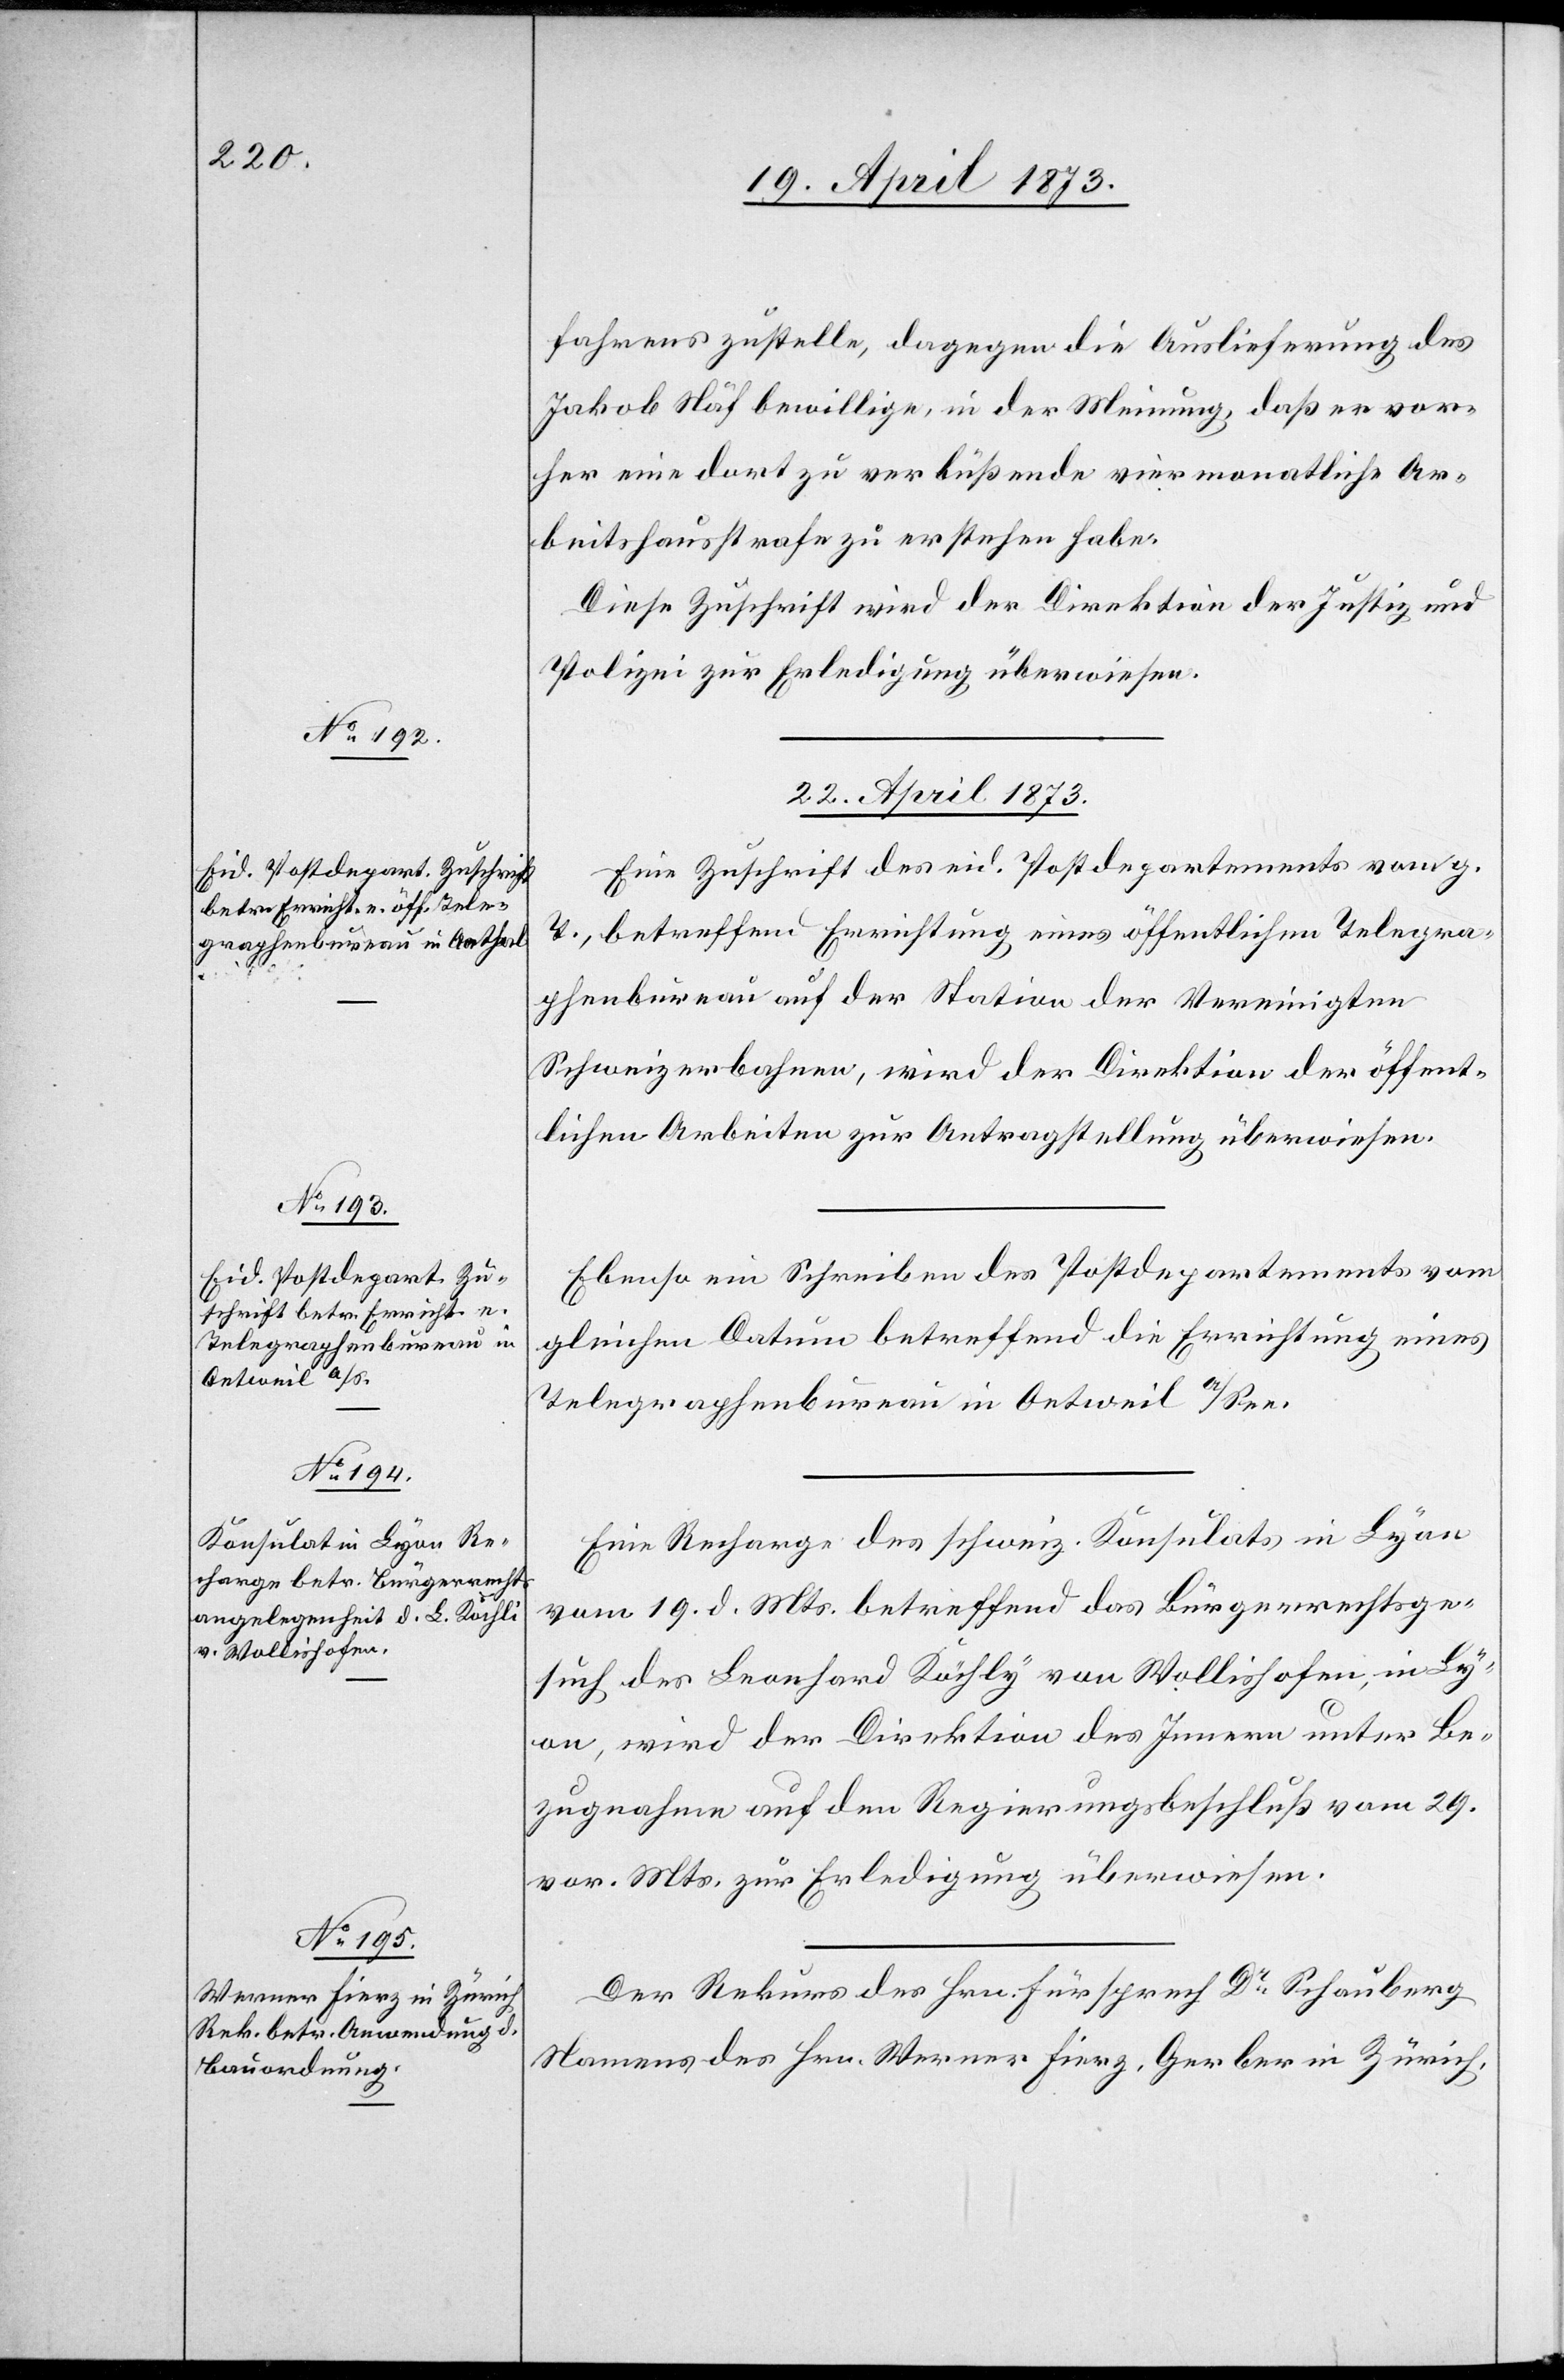
fahrens zustelle, dagegen die Auslieferung des
Jakob Näf bewillige, in der Meinung, daß er vor¬
her eine dort zu verbüßende viermonatliche Ar¬
beitshausstrafe zu erstehen habe.
Diese Zuschrift wird der Direktion der Justiz und
Polizei zur Erledigung überwiesen.
22. April 1873]
Die Zuschrift des eid. Postdepartements vom g.
T., betreffend Errichtung eines öffentlichen Telegra¬
phenbureau auf der Station der Vereinigten
Schweizerbahnen, wird der Direktion der öffent¬
lichen Arbeiten zur Antragstellung überwiesen.
Ebenso ein Schreiben des Postdepartements vom
gleichen Datum betreffend die Errichtung eines
Telegrafenbureau in Oetweil a/See.
Eine Recharge des schweiz. Konsulats in Lyon
vom 19. d. Mts. betreffend das Bürgerrechtsge¬
such des Leonhard Köchly [sic!] von Wollishofen in Ly¬
on, wird der Direktion des Innern unter Be¬
zugnahme auf den Regierungsbeschluß vom 20.
vor. Mts. zur Erledigung überwiesen.
Der Rekurs des Hrn. Fürsprech Dr Schauberg
Namens des Hrn. Werner Fierz, Gerber in Zürich,